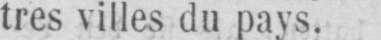
tres villes du pays.